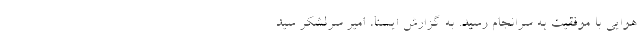
هوایی با موفقیت به سرانجام رسید. به گزارش ایسنا، امیر سرلشکر سید